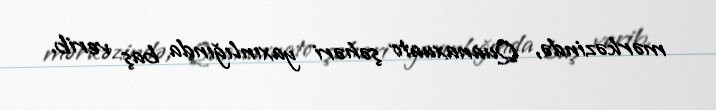
mərkəzində, Quanaxuato şəhəri yaxınlığında baş verib.